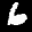
Label: 6